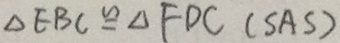
\Delta E B C \cong \Delta F D C ( S A S )